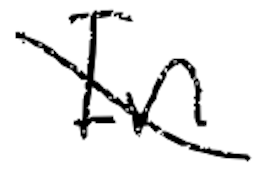
Text: In
Cross-out: diagonal
Writing tool: digital_black